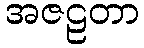
အဇဠတာ